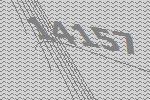
14157